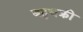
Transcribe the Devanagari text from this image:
बहुचक्री